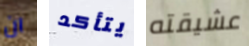
ان يتأكد عشيقته